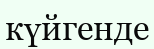
күйгенде